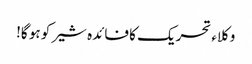
وکلاء تحریک کا فائدہ شیر کو ہو گا!